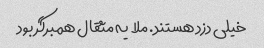
خیلی دزد هستند. ملا یه مثقال همبرگر بود